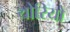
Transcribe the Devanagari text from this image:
थोरियो